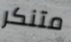
متنكر